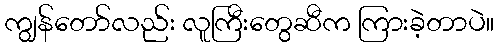
ကျွန်တော်လည်း လူကြီးတွေဆီက ကြားခဲ့တာပဲ။